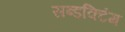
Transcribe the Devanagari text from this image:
सब्डक्टिंग